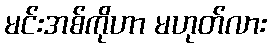
မင်းအစ်ကိုဟာ မဟုတ်လား